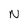
Character: N